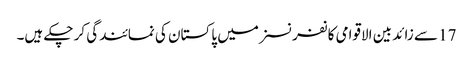
17 سے زائد بین الاقوامی کانفرنسزمیں پاکستان کی نمائندگی کر چکے ہیں۔